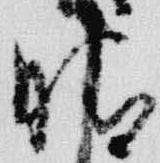
晴